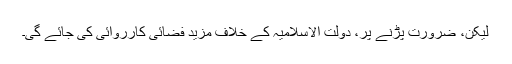
لیکن، ضرورت پڑنے پر، دولت الاسلامیہ کے خلاف مزید فضائی کارروائی کی جائے گی۔